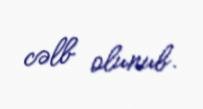
cəlb olunub.